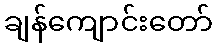
ချန်ကျောင်းတော်